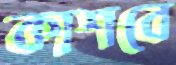
কাশবে